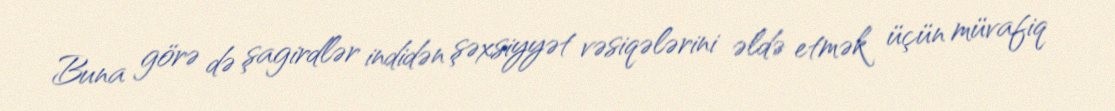
Buna görə də şagirdlər indidən şəxsiyyət vəsiqələrini əldə etmək üçün müvafiq